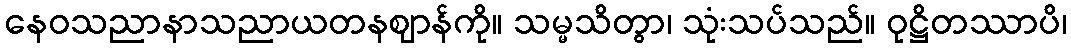
နေဝသညာနာသညာယတနဈာန်ကို။ သမ္မသိတွာ၊ သုံးသပ်သည်။ ဝုဋ္ဌိတဿာပိ၊